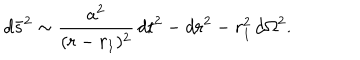
d \bar { s } ^ { 2 } \sim \frac { a ^ { 2 } } { ( r - r _ { 1 } ) ^ { 2 } } \, d t ^ { 2 } - d r ^ { 2 } - r _ { 1 } ^ { 2 } \, d \Omega ^ { 2 } .